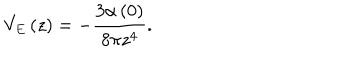
LaTeX: V _ { E } \left( z \right) = - \frac { 3 \alpha \left( 0 \right) } { 8 \pi z ^ { 4 } } .